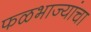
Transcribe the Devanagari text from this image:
फळभाज्यांचा